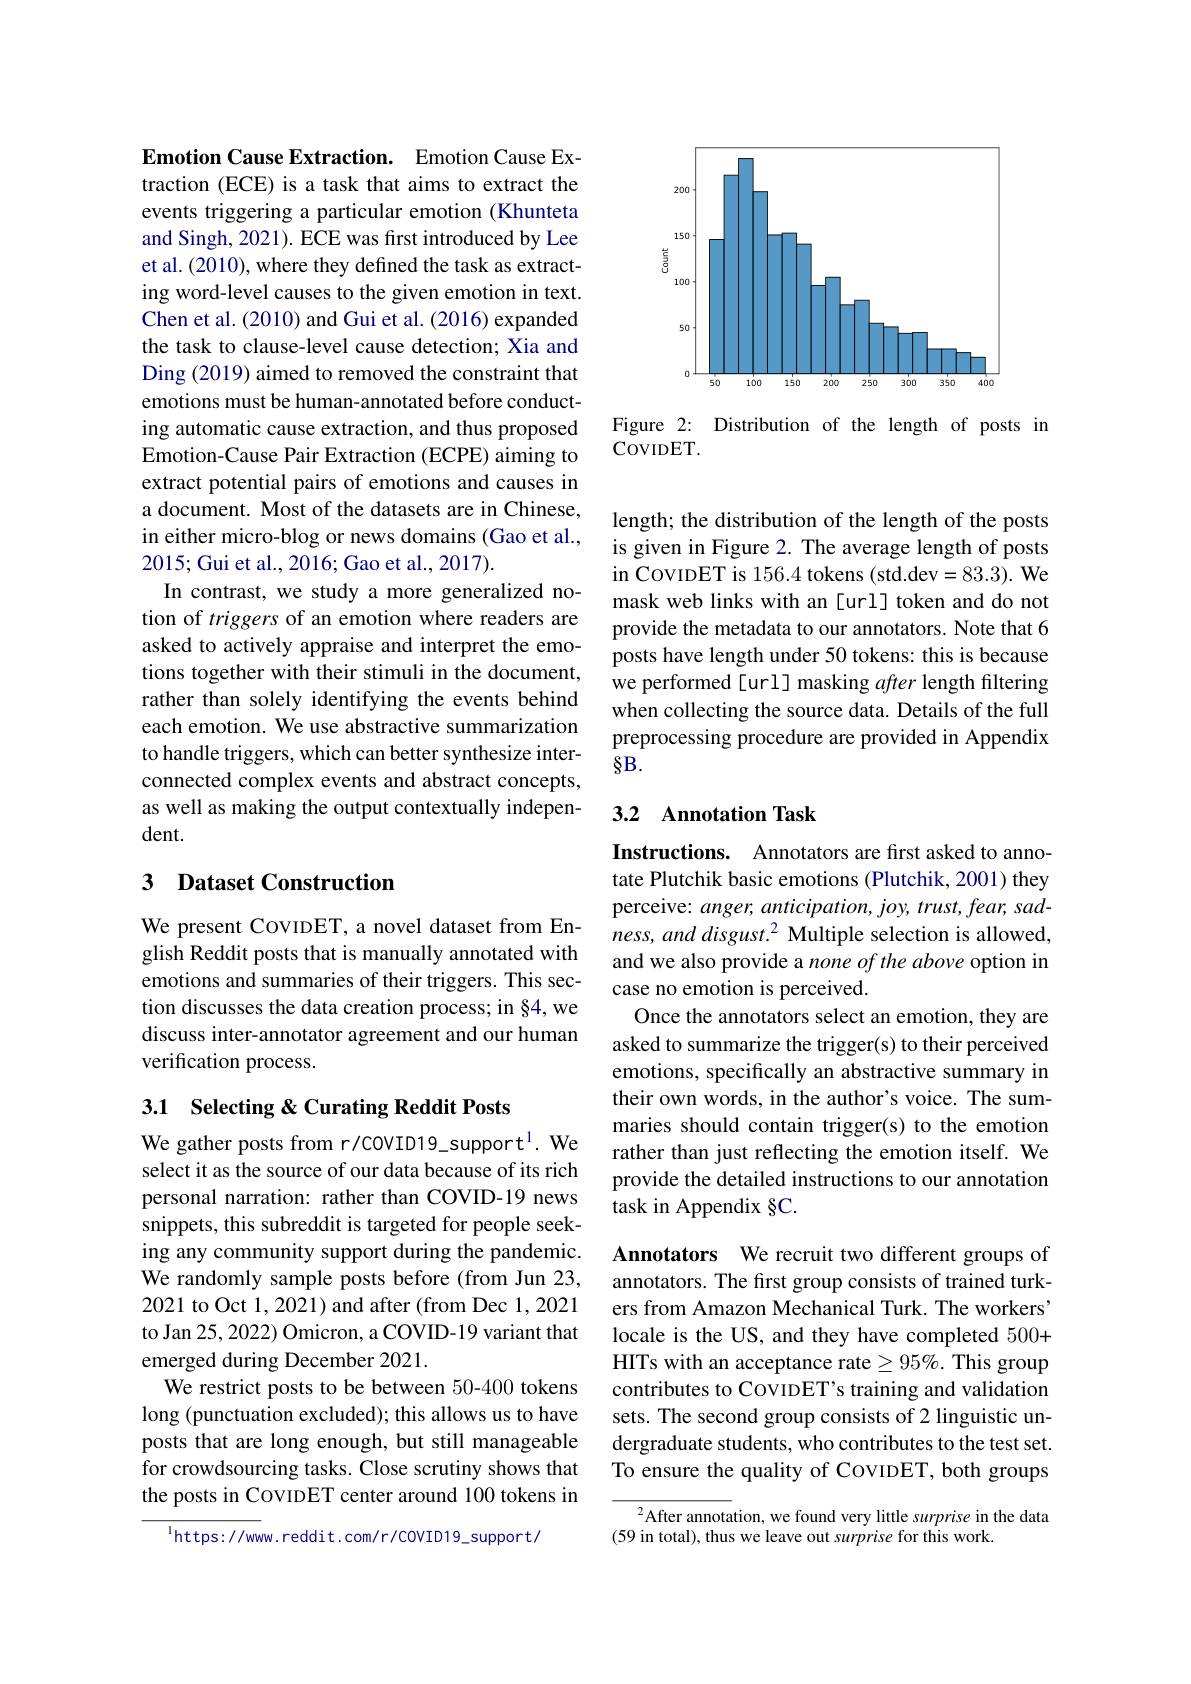
$\textbf{Emotion Cause Extraction. }$ Emotion Cause Extraction (ECE) is a task that aims to extract the events triggering a particular emotion (Khunteta and Singh, 2021). ECE was first introduced by Lee et al. (2010), where they defined the task as extracting word-level causes to the given emotion in text. Chen et al. (2010) and Gui et al. (2016) expanded the task to clause-level cause detection; Xia and Ding (2019) aimed to removed the constraint that emotions must be human-annotated before conducting automatic cause extraction, and thus proposed Emotion-Cause Pair Extraction (ECPE) aiming to extract potential pairs of emotions and causes in a document. Most of the datasets are in Chinese, in either micro-blog or news domains (Gao et al., 2015; Gui et al., 2016; Gao et al., 2017).
In contrast, we study a more generalized notion of triggers of an emotion where readers are asked to actively appraise and interpret the emotions together with their stimuli in the document, rather than solely identifying the events behind each emotion. We use abstractive summarization to handle triggers, which can better synthesize interconnected complex events and abstract concepts, as well as making the output contextually independent.

## 3 Dataset Construction

We present COVIDET, a novel dataset from English Reddit posts that is manually annotated with emotions and summaries of their triggers. This section discusses the data creation process; in §4, we discuss inter-annotator agreement and our human verification process.

### 3.1 Selecting &Curating Reddit Posts

We gather posts from r/COVID19\_support$^{1}.$ We select it as the source of our data because of its rich personal narration: rather than COVID-19 news snippets, this subreddit is targeted for people seeking any community support during the pandemic. We randomly sample posts before (from Jun 23, 2021 to Oct 1, 2021) and after (from Dec 1, 2021 to Jan 25, 2022) Omicron, a COVID-19 variant that emerged during December 2021.
We restrict posts to be between 50-400 tokens long (punctuation excluded); this allows us to have posts that are long enough, but still manageable for crowdsourcing tasks. Close scrutiny shows that the posts in COVIDET center around 100 tokens in

$^{\mathrm{l}}$https://www.reddit.com/r/COVID19\_support/

<FigureHere>

Figure 2: Distribution of the length of posts in
COVIDET.

length; the distribution of the length of the posts is given in Figure 2. The average length of posts in CovIDET is 156.4 tokens (std.dev=83.3). We mask web links with an [url] token and do not provide the metadata to our annotators. Note that 6 posts have length under 50 tokens: this is because we performed [url] masking after length filtering when collecting the source data. Details of the full preprocessing procedure are provided in Appendix $8B.$

## 3.2 Annotation Task

Instructions. Annotators are first asked to annotate Plutchik basic emotions (Plutchik, 2001) they perceive: anger, anticipation, joy, trust, fear, sadness, and disgust.$^2$ Multiple selection is allowed, and we also provide a none of the above option in case no emotion is perceived.
Once the annotators select an emotion, they are asked to summarize the trigger(s) to their perceived emotions, specifically an abstractive summary in their own words, in the author's voice. The summaries should contain trigger(s) to the emotion rather than just reflecting the emotion itself. We provide the detailed instructions to our annotation task in Appendix §C.

Annotators We recruit two different groups of annotators. The first group consists of trained turkers from Amazon Mechanical Turk. The workers' locale is the US, and they have completed 500+ HITs with an acceptance rate $\geq95\%.$ This group contributes to CovIDET's training and validation sets. The second group consists of 2 linguistic undergraduate students, who contributes to the test set. To ensure the quality of COVIDET, both groups

$^{2}$After annotation, we found very little surprise in the data
(59 in total), thus we leave out surprise for this work.